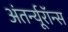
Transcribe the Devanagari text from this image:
अंतर्न्यूरॉन्स